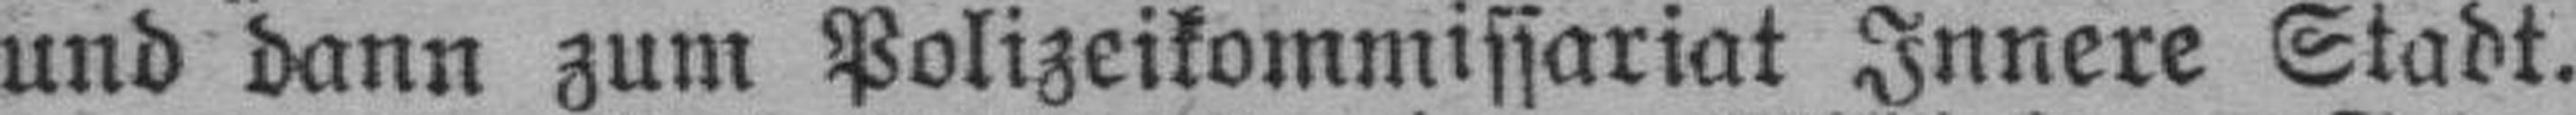
und dann zum Polizeikommissariat Innere Stadt.